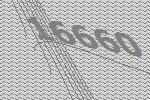
16660